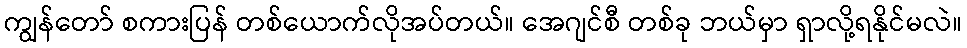
ကျွန်တော် စကားပြန် တစ်ယောက်လိုအပ်တယ်။ အေဂျင်စီ တစ်ခု ဘယ်မှာ ရှာလို့ရနိုင်မလဲ။